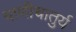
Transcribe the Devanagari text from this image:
वाणीचातुर्य